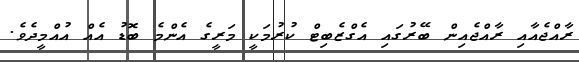
ރާއްޖެއާއި ރާއްޖެއިން ބޭރުގައި އެގްޒެބިޓް ކުރުމަކީ މަރީގެ އެންމެ ބޮޑު އެއް އުއްމީދެވެ.